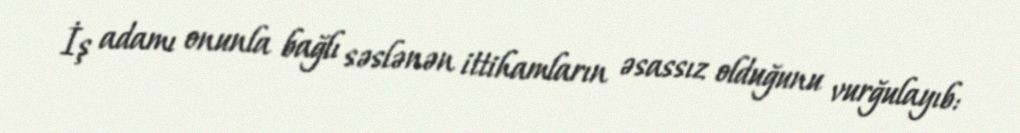
İş adamı onunla bağlı səslənən ittihamların əsassız olduğunu vurğulayıb: